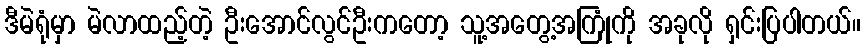
ဒီမဲရုံမှာ မဲလာထည့်တဲ့ ဦးအောင်လွင်ဦးကတော့ သူ့အတွေ့အကြုံကို အခုလို ရှင်းပြပါတယ်။